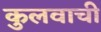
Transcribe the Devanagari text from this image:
कुलवाची